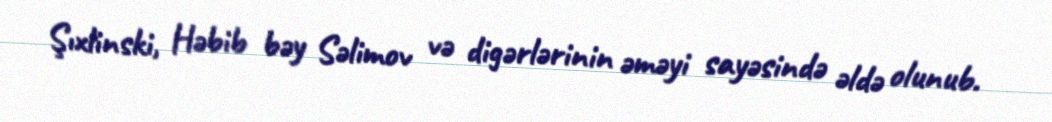
Şıxlinski, Həbib bəy Səlimov və digərlərinin əməyi sayəsində əldə olunub.